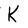
Character: K